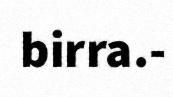
birra.-